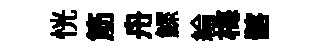
恍筋舟鰥綸梅髂